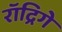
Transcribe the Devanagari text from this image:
रॉद्रिगे